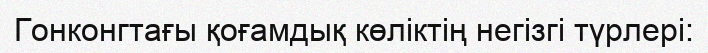
Гонконгтағы қоғамдық көліктің негізгі түрлері: